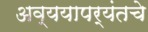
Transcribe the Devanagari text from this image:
अव्ययापर्यंतचे